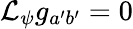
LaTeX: \mathcal{L}_{\psi}g_{a^{\prime}b^{\prime}}=0